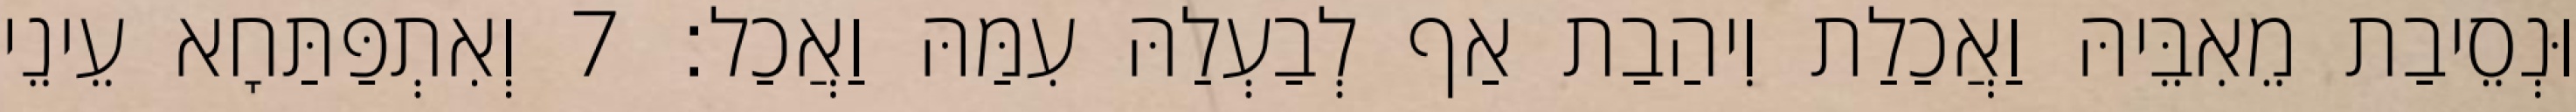
וּנְסֵיבַת מֵאִבֵּיהּ וַאֲכַלַת וִיהַבַת אַף לְבַעְלַהּ עִמַּהּ וַאֲכַל׃ 7 וְאִתְפַּתַּחָא עֵינֵי